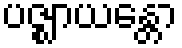
ပဇ္ဈာယန္တော